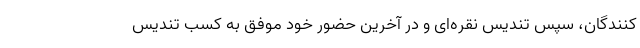
‌کنندگان، سپس تندیس نقره‌ای و در آخرین حضور خود موفق به کسب تندیس